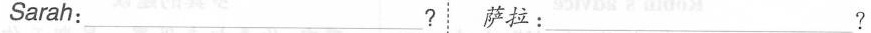
Sarah:___? 萨拉：___?